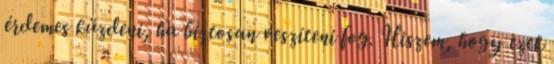
érdemes küzdeni, ha biztosan veszíteni fog. Hiszem, hogy ezek